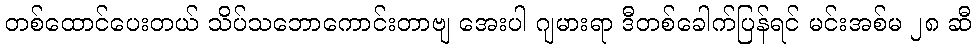
တစ်ထောင်ပေးတယ် သိပ်သဘောကောင်းတာဗျ အေးပါ ဂျမားရာ ဒီတစ်ခေါက်ပြန်ရင် မင်းအစ်မ ၂၈ ဆီ